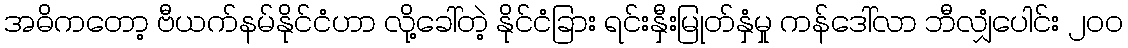
အဓိကတော့ ဗီယက်နမ်နိုင်ငံဟာ လို့ခေါ်တဲ့ နိုင်ငံခြား ရင်းနှီးမြုတ်နှံမှု ကန်ဒေါ်လာ ဘီလျှံပေါင်း ၂၀၀